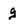
Character: g